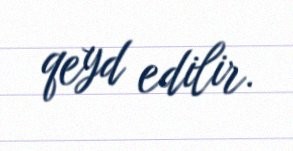
qeyd edilir.